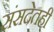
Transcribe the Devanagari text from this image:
संसदेतही